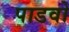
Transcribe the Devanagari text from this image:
पाडवो